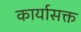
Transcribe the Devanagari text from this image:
कार्यासक्त